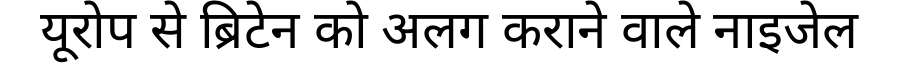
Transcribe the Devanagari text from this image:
यूरोप से ब्रिटेन को अलग कराने वाले नाइजेल